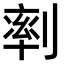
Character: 𠞩